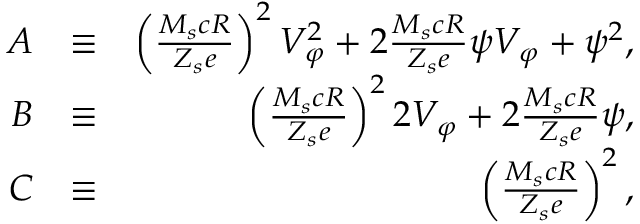
\begin{array} { r l r } { A } & { \equiv } & { \left( \frac { M _ { s } c R } { Z _ { s } e } \right) ^ { 2 } V _ { \varphi } ^ { 2 } + 2 \frac { M _ { s } c R } { Z _ { s } e } \psi V _ { \varphi } + \psi ^ { 2 } , } \\ { B } & { \equiv } & { \left( \frac { M _ { s } c R } { Z _ { s } e } \right) ^ { 2 } 2 V _ { \varphi } + 2 \frac { M _ { s } c R } { Z _ { s } e } \psi , } \\ { C } & { \equiv } & { \left( \frac { M _ { s } c R } { Z _ { s } e } \right) ^ { 2 } , } \end{array}